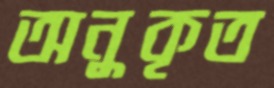
অনুকৃত